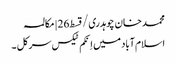
محمد خان چوہدری/قسط26 | مکالمہ
اسلام آباد میں اِنکم ٹیکس سرکل ۔